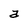
Character: a